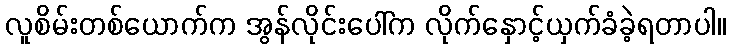
လူစိမ်းတစ်ယောက်က အွန်လိုင်းပေါ်က လိုက်နှောင့်ယှက်ခံခဲ့ရတာပါ။